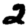
Digit: 2